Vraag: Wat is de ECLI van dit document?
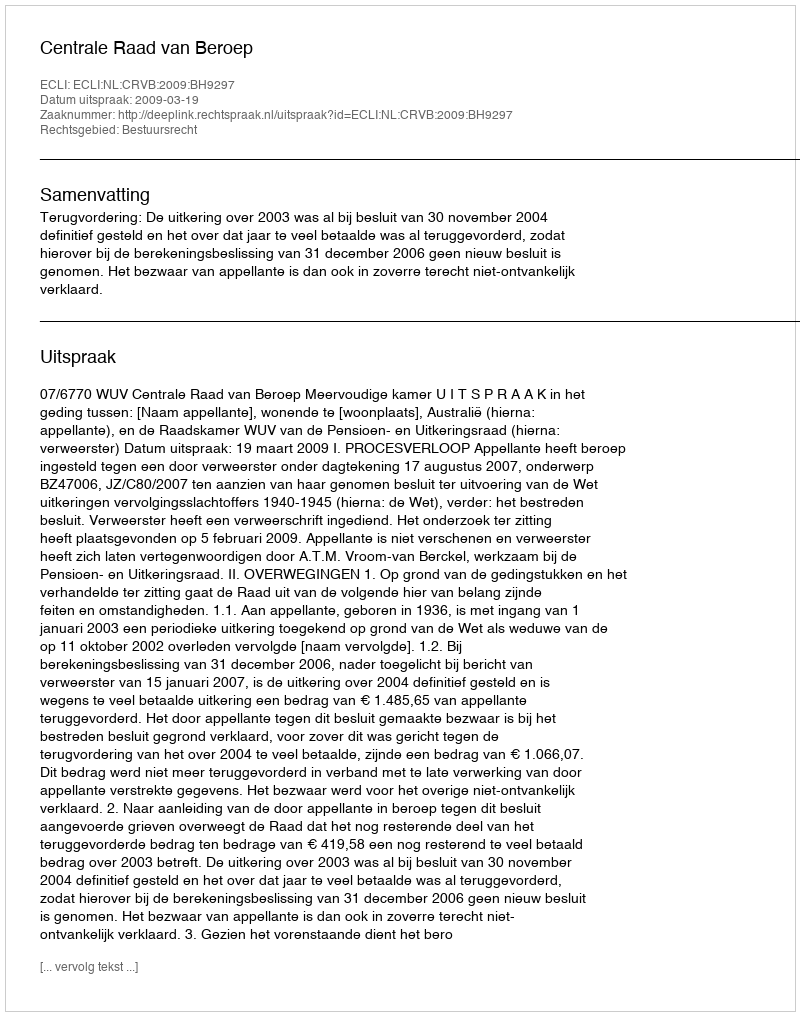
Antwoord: ECLI:NL:CRVB:2009:BH9297